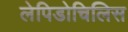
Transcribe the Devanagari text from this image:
लेपिडोचिलिस